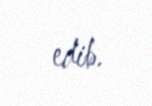
edib.